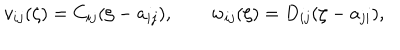
v _ { i j } ( \zeta ) = C _ { i j } ( \zeta - a _ { i j } ) , \qquad w _ { i j } ( \zeta ) = D _ { i j } ( \zeta - a _ { j i } ) ,